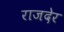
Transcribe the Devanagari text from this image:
राजदेर